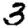
Digit: 3